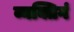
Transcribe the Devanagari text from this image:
व्यक्तिगं